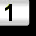
Digit: 1